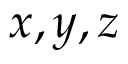
x , y , z